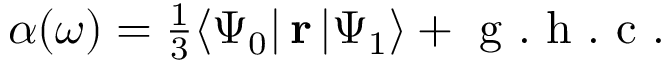
\begin{array} { r } { \alpha ( \omega ) = \frac { 1 } { 3 } \langle \Psi _ { 0 } | \, \mathbf { r } \, | \Psi _ { 1 } \rangle + \mathrm { ~ g ~ . ~ h ~ . ~ c ~ . ~ } } \end{array}